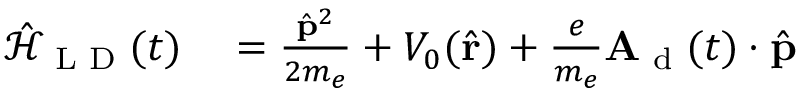
\begin{array} { r l } { \mathcal { \hat { H } } _ { \textrm { L D } } ( t ) } & { { } = \frac { \hat { \mathbf { p } } ^ { 2 } } { 2 m _ { e } } + V _ { 0 } ( \hat { \mathbf { r } } ) + \frac { e } { m _ { e } } \mathbf { A _ { \textrm { d } } } ( t ) \cdot \hat { \mathbf { p } } } \end{array}